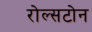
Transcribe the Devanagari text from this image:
रोल्सटोन